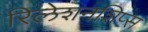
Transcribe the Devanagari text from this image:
रिलेशनशिप्स